Treatise on elephants
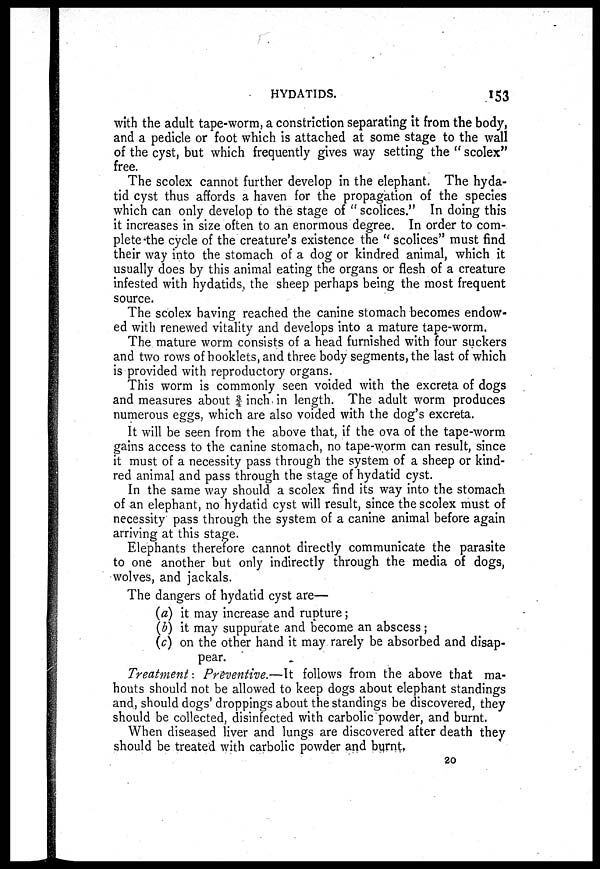
HYDATIDS.
153
with the adult tape-worm, a constriction separating it from the body,
and a pedicle or foot which is attached at some stage to the wall
of the cyst, but which frequently gives way setting the "scolex"
free.
The scolex cannot further develop in the elephant. The hyda-
tid cyst thus affords a haven for the propagation of the species
which can only develop to the stage of "scolices." In doing this
it increases in size often to an enormous degree. In order to com-
plete the cycle of the creature's existence the "scolices" must find
their way into the stomach of a dog or kindred animal, which it
usually does by this animal eating the organs or flesh of a creature
infested with hydatids, the sheep perhaps being the most frequent
source.
The scolex having reached the canine stomach becomes endow-
ed with renewed vitality and develops into a mature tape-worm.
The mature worm consists of a head furnished with four suckers
and two rows of hooklets, and three body segments, the last of which
is provided with reproductory organs.
This worm is commonly seen voided with the excreta of dogs
and measures about ¾ inch in length. The adult worm produces
numerous eggs, which are also voided with the dog's excreta.
It will be seen from the above that, if the ova of the tape-worm
gains access to the canine stomach, no tape-worm can result, since
it must of a necessity pass through the system of a sheep or kind-
red animal and pass through the stage of hydatid cyst.
In the same way should a scolex find its way into the stomach
of an elephant, no hydatid cyst will result, since the scolex must of
necessity pass through the system of a canine animal before again
arriving at this stage.
Elephants therefore cannot directly communicate the parasite
to one another but only indirectly through the media of dogs,
wolves, and jackals.
The dangers of hydatid cyst are—
(a) it may increase and rupture;
(b) it may suppurate and become an abscess;
(c) on the other hand it may rarely be absorbed and disap-
pear.
Treatment: Preventive.—It follows from the above that ma-
houts should not be allowed to keep dogs about elephant standings
and, should dogs' droppings about the standings be discovered, they
should be collected, disinfected with carbolic powder, and burnt.
When diseased liver and lungs are discovered after death they
should be treated with carbolic powder and burnt,
20